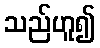
သည်ဟူ၍